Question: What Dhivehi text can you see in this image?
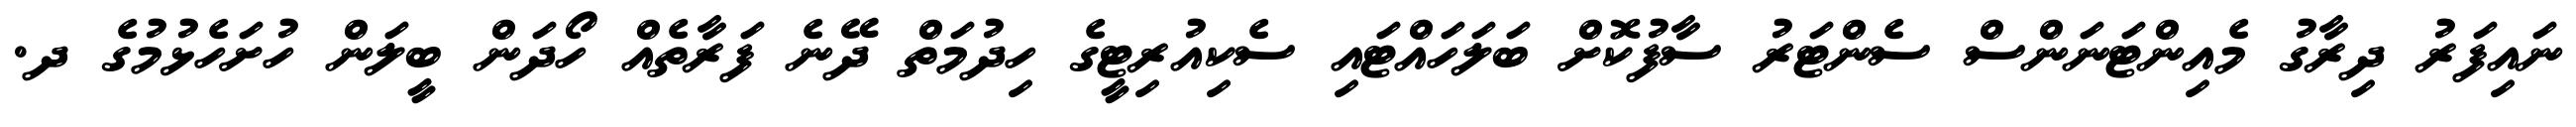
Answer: ނައިފަރު ދިރާގު މެއިންޓަނަންސް ސެންޓަރު ސާފުކޮށް ބަލަހައްޓައި ސެކިއުރިޓީގެ ހިދުމަތް ދޭނެ ފަރާތެއް ހޯދަން ބީލަން ހުށަހެޅުމުގެ ދ.